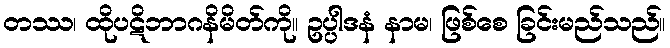
တဿ၊ ထိုပဋိဘာဂနိမိတ်ကို။ ဥပ္ပါဒနံ နာမ၊ ဖြစ်စေ ခြင်းမည်သည်။